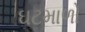
ઘટમાળો